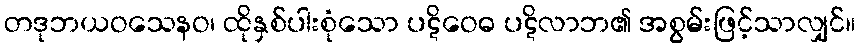
တဒုဘယဝသေနဝ၊ ထိုနှစ်ပါးစုံသော ပဋိဝေဓ ပဋိလာဘ၏ အစွမ်းဖြင့်သာလျှင်။